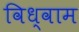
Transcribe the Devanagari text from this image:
विध्वाम